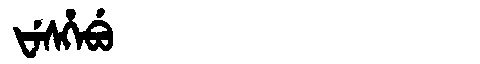
Manchu: ᡶᡝᠰᡥᡝᠪᡠ
Romanization: FESHEBU